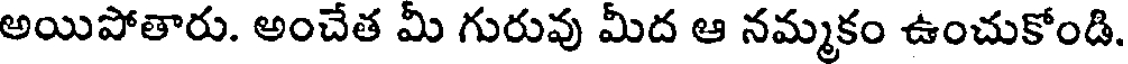
అయిపోతారు. అంచేత మీ గురువు మీద ఆ నమ్మకం ఉంచుకోండి